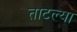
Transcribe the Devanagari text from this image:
ताटल्या